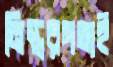
নিস্তরঙ্গতাই